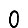
Digit: 0